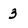
Character: 3